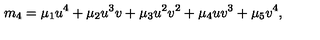
m _ { 4 } = \mu _ { 1 } u ^ { 4 } + \mu _ { 2 } u ^ { 3 } v + \mu _ { 3 } u ^ { 2 } v ^ { 2 } + \mu _ { 4 } u v ^ { 3 } + \mu _ { 5 } v ^ { 4 } ,